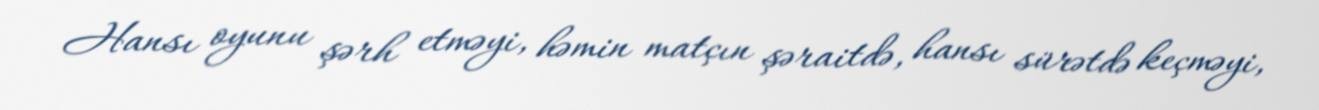
Hansı oyunu şərh etməyi, həmin matçın şəraitdə, hansı sürətdə keçməyi,